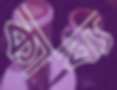
কাব্য